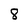
Character: 8